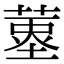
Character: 𦹆